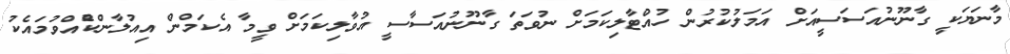
މާނަޔަކީ ގާނޫނުއަސަސީއަށް އަމަލުކުރުން ހުއްޓާލިކަމަށް ނުވަތަ ގާނޫނުއަސާސީ އުވާލިކަމަށް ވީމާ އެކަމްން އިއުލާންކުެއްވުމައެކު